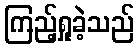
ကြည့်ရှုခဲ့သည်